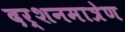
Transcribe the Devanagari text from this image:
दर्शनमात्रेण